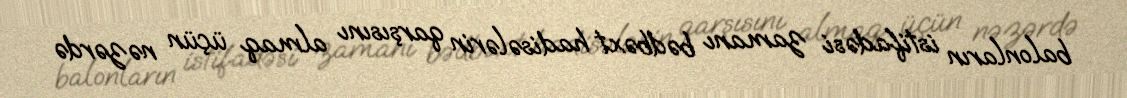
balonların istifadəsi zamanı bədbəxt hadisələrin qarşısını almaq üçün nəzərdə